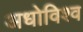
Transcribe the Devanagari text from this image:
अधोविश्व